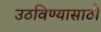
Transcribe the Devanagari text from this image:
उठविण्यासाठी